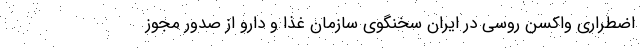
اضطراری واکسن روسی در ایران سخنگوی سازمان غذا و دارو از صدور مجوز